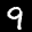
Label: 9